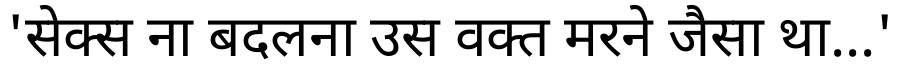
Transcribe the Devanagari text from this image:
'सेक्स ना बदलना उस वक्त मरने जैसा था...'